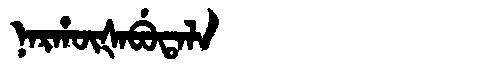
Manchu: ᠨᠠᡵᡥᡡᡧᠠᠪᡠᡨᠠᠯᠠ
Romanization: NARHŪŠABUTALA